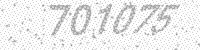
Solution: 701075